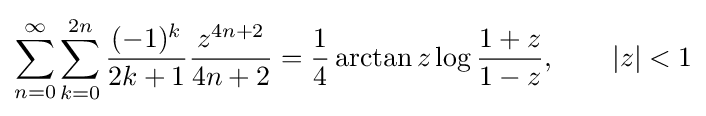
\sum _{n=0}^{\infty }\sum _{k=0}^{2n}{\frac {(-1)^{k}}{2k+1}}{\frac {z^{4n+2}}{4n+2}}={\frac {1}{4}}\arctan {z}\log {\frac {1+z}{1-z}},\qquad |z|<1